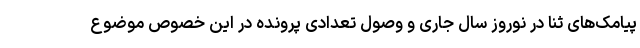
پیامک‌های ثنا در نوروز سال جاری و وصول تعدادی پرونده در این خصوص موضوع